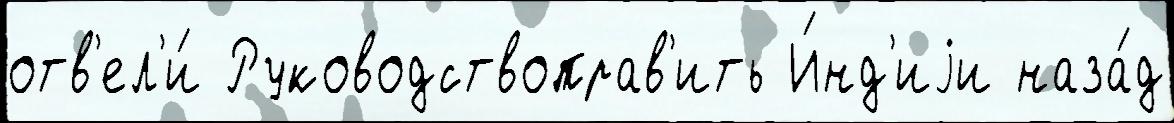
отв'ел'и́ Руководствоправ'ить И́нд'иjи наза́д